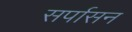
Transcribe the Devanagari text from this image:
सर्पासन